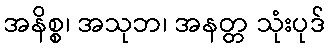
အနိစ္စ၊ အသုဘ၊ အနတ္တ သုံးပုဒ်